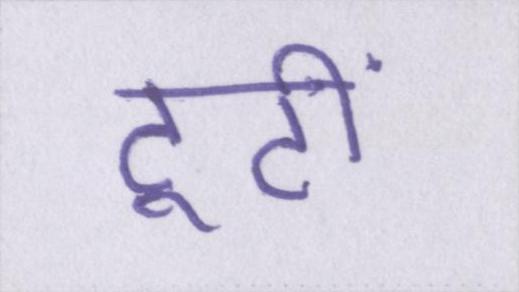
टूटी